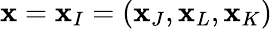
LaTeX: \mathbf{x}=\mathbf{x}_{I}=(\mathbf{x}_{J},\mathbf{x}_{L},\mathbf{x}_{K})